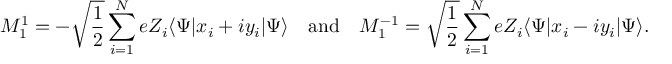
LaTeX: M _ { 1 } ^ { 1 } = - { \sqrt { \frac { 1 } { 2 } } } \sum _ { i = 1 } ^ { N } e Z _ { i } \langle \Psi | x _ { i } + i y _ { i } | \Psi \rangle \quad { \mathrm { a n d } } \quad M _ { 1 } ^ { - 1 } = { \sqrt { \frac { 1 } { 2 } } } \sum _ { i = 1 } ^ { N } e Z _ { i } \langle \Psi | x _ { i } - i y _ { i } | \Psi \rangle .